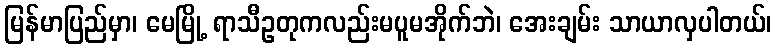
မြန်မာပြည်မှာ၊ မေမြို့ ရာသီဥတုကလည်းမပူမအိုက်ဘဲ၊ အေးချမ်း သာယာလှပါတယ်၊